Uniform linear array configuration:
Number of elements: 64
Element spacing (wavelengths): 0.25
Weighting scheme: uniform
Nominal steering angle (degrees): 15
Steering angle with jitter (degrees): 15.267
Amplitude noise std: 0.05
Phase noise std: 0.05

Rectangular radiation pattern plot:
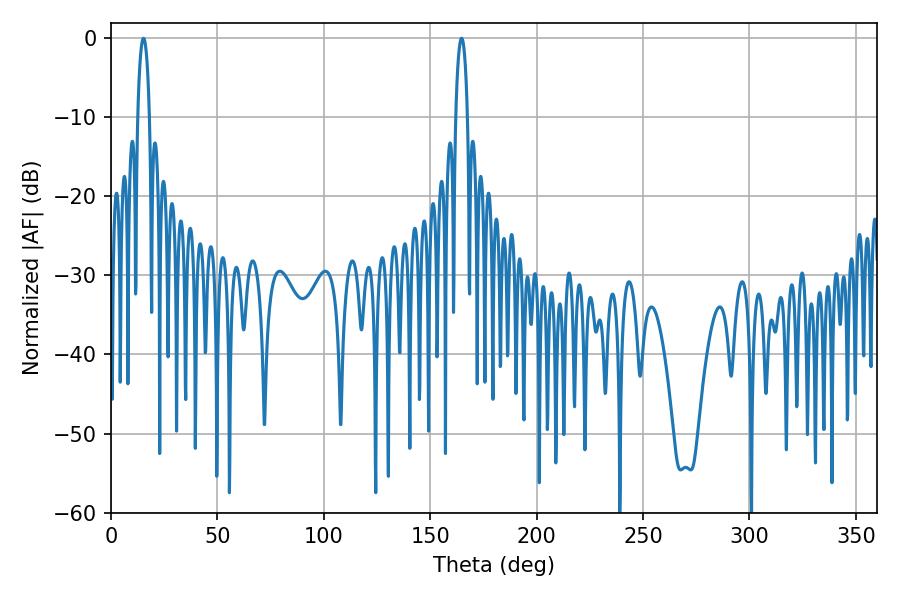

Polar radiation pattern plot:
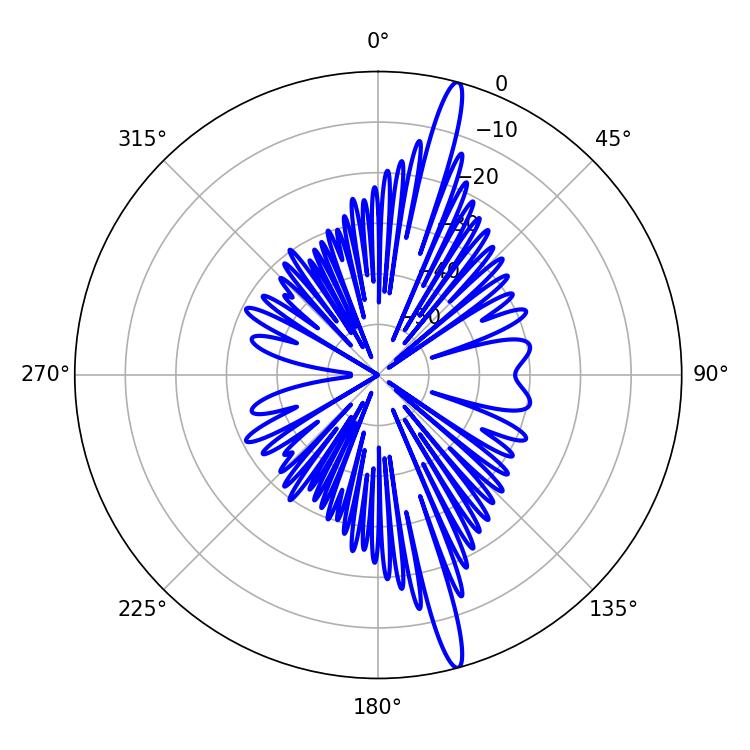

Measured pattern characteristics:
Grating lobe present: FALSE
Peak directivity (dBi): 17.651
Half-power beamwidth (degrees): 3.06
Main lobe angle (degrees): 15.3